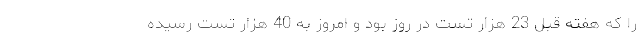
را که هفته قبل 23 هزار تست در روز بود و امروز به 40 هزار تست رسیده